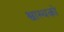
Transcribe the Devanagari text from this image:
श्वास्थको